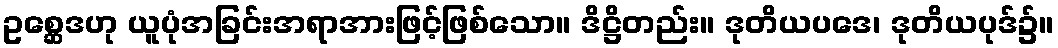
ဥစ္ဆေဒဟု ယူပုံအခြင်းအရာအားဖြင့်ဖြစ်သော။ ဒိဋ္ဌိတည်း။ ဒုတိယပဒေ၊ ဒုတိယပုဒ်၌။